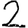
Digit: 2